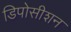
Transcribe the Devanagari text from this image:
डिपोसीशन